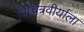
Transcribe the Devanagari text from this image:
विचित्रवीर्याला